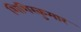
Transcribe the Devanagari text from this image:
शिशिरकुमार